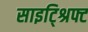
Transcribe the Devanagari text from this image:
साइट्श्रिफ्ट